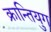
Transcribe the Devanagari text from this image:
क्रान्तियुग